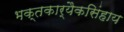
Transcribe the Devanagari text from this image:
भक्तकार्यैकसिंहाय